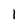
Character: 1